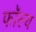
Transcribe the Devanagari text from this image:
फॉल्य